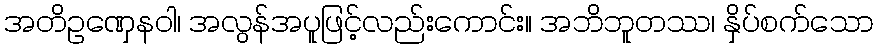
အတိဥဏှေနဝါ၊ အလွန်အပူဖြင့်လည်းကောင်း။ အဘိဘူတဿ၊ နှိပ်စက်သော